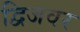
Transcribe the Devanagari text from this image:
द्विजवर